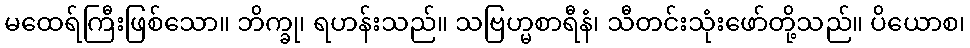
မထေရ်ကြီးဖြစ်သော။ ဘိက္ခု၊ ရဟန်းသည်။ သဗြဟ္မစာရီနံ၊ သီတင်းသုံးဖော်တို့သည်။ ပိယောစ၊